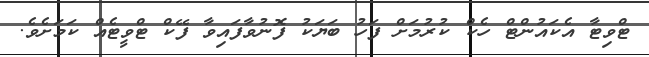
ޓްވިޓާ އެކައުންޓް ހެކް ކުރުމަށް ފަހު ބަޔަކު ފޮނުވާފައިވާ ފޭކް ޓްވީޓެއް ކަމަށެވެ.